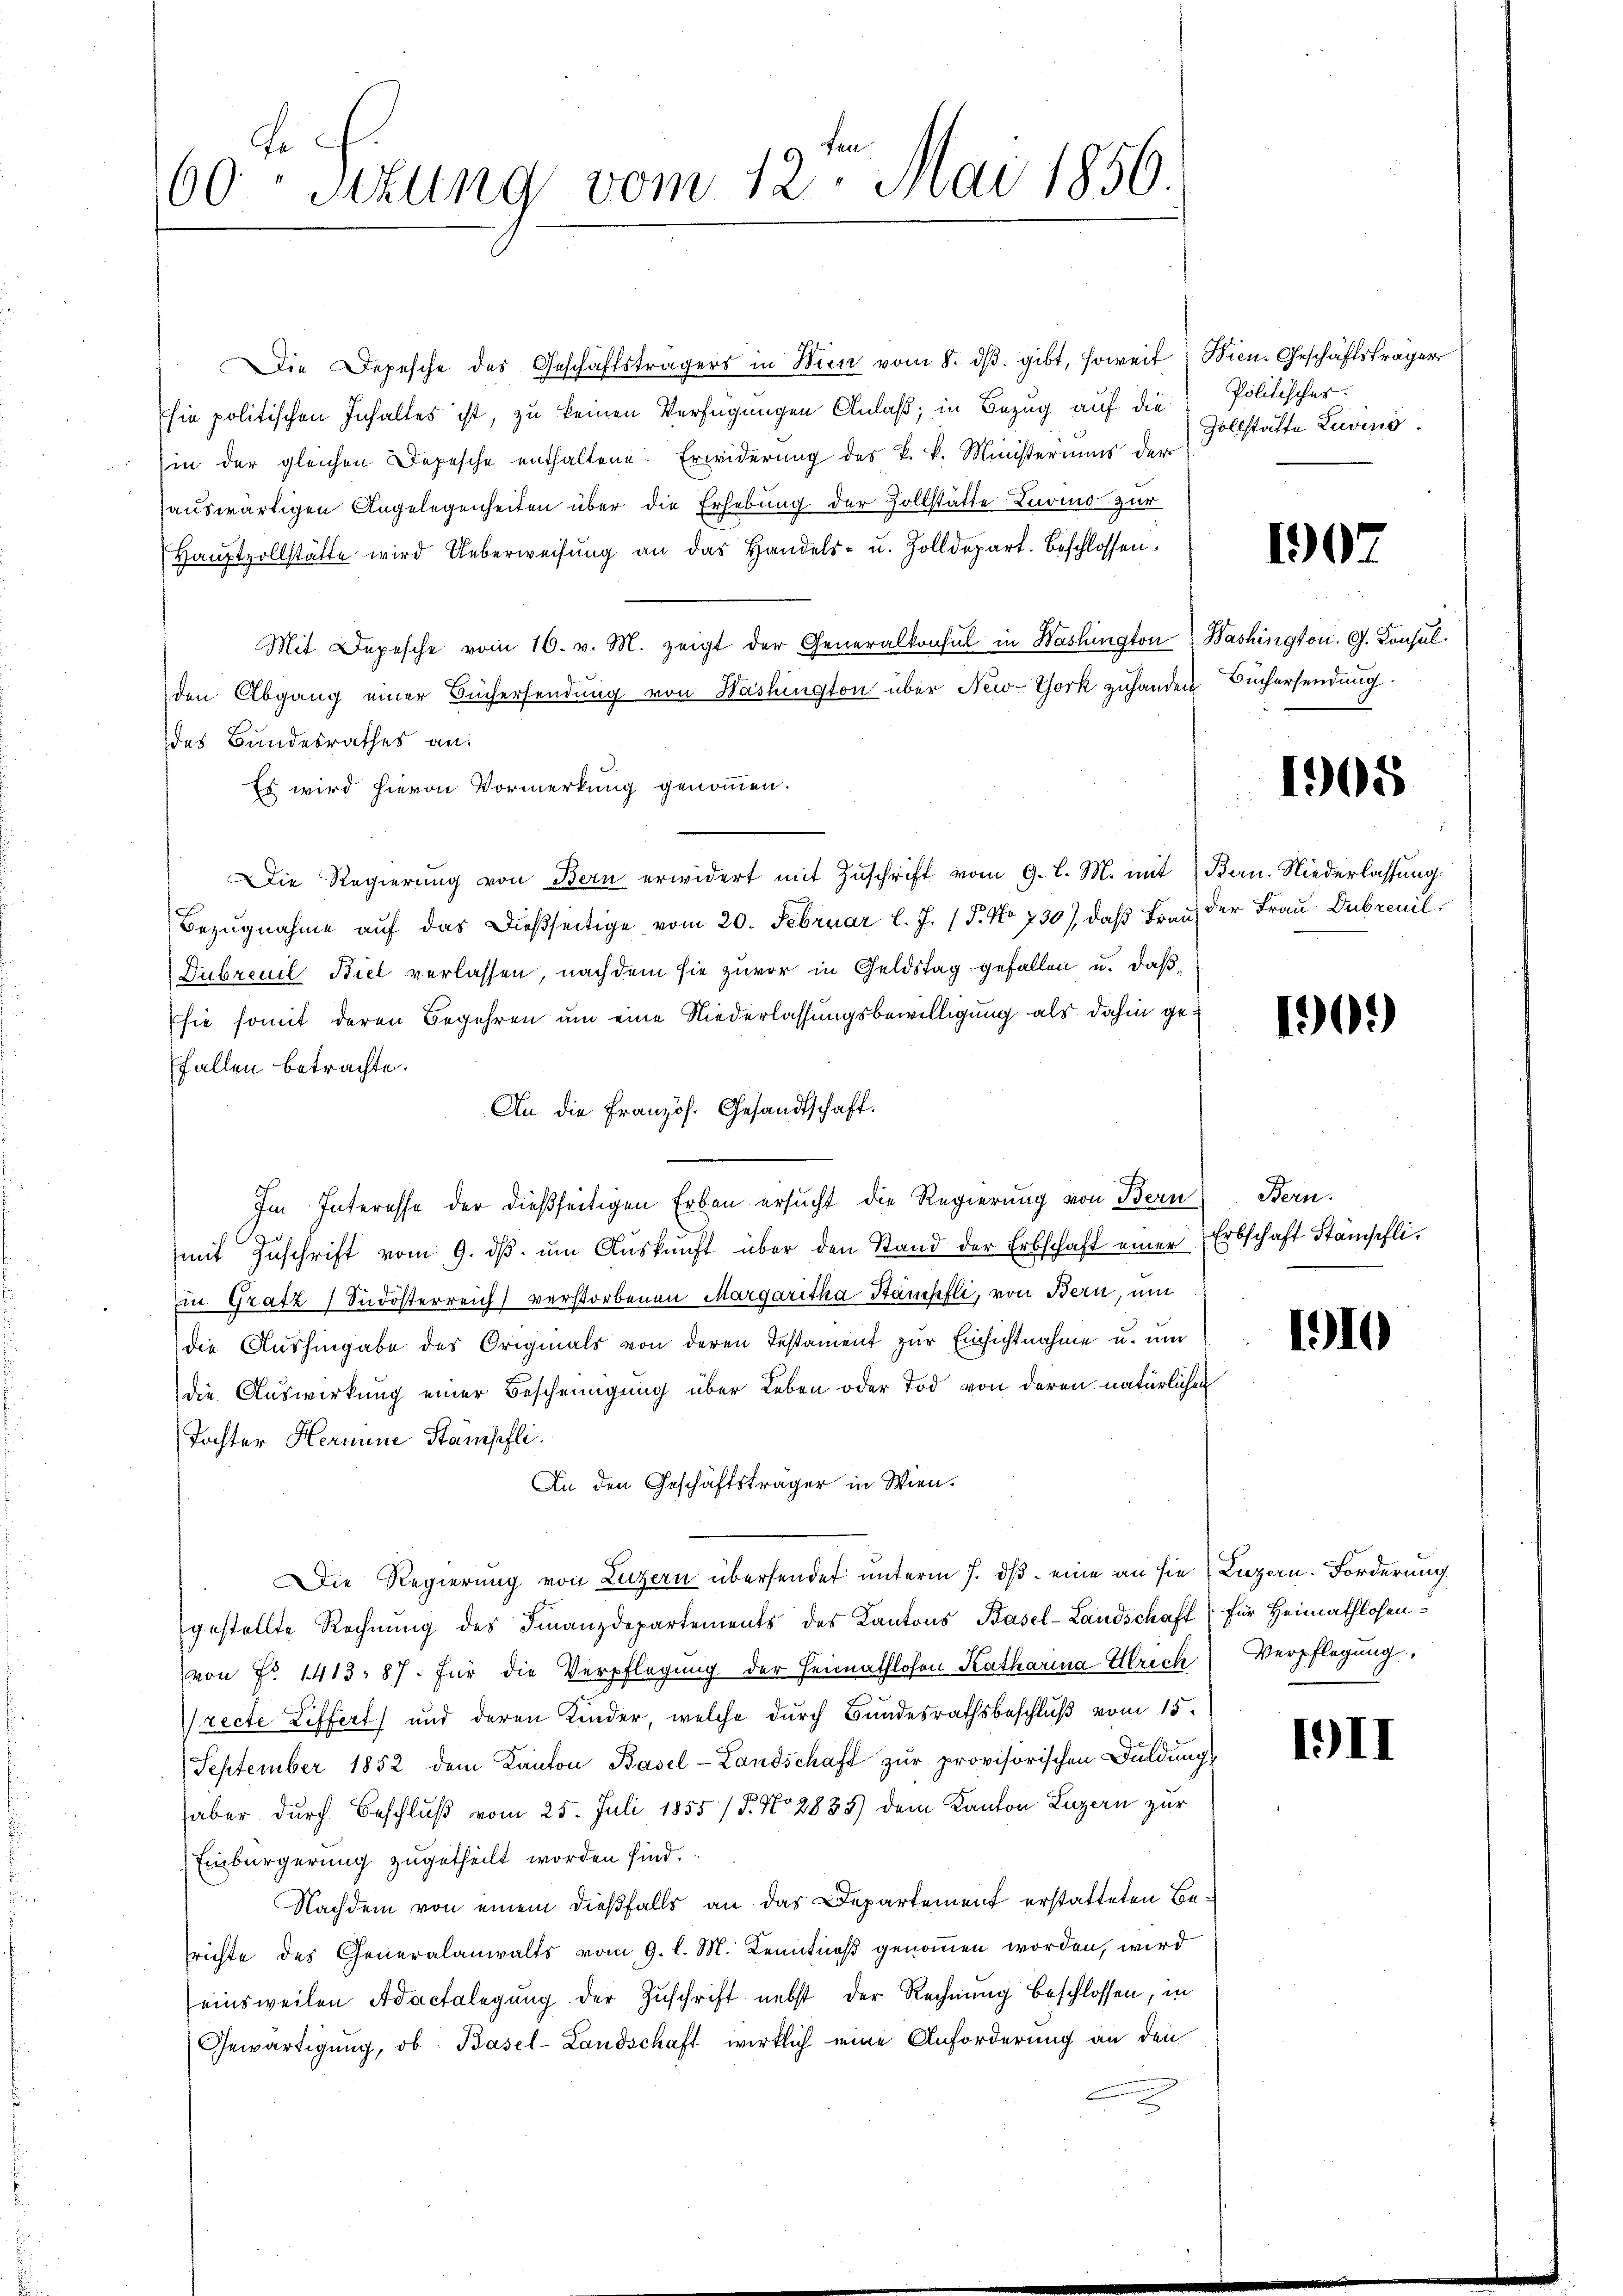
te
60 Sttung vom 12. Mai 1856.

Die Depesche des Geschäftsträgers in Wien vom 8. dβ. gibt, soweit Bien-Geschäftsträger
sie politischen Inhaltes ist, zu keinen Verfügungen Anlaß, in Bezug auf die
hin der gleichen Depesche enthaltene Erwiderung des k. k. Ministeriums der
auswärtigen Angelegenheiten über die Erhebung der Zollstätte Luino zur
Haŭptvollstätte wird Ueberweisŭng an das Handels- u. Zolldepart. Beschlossen.
Mit Depesche vom 16. v. M. zeigt der Generalkonsul in Washington Washington. G. Konsulden Abgang einer Büchersendung von Washington über New-York zuhander Büchersendung
des Bandesrathes an.
Es wird hievon Vormerkung genommen.
Die Regierŭng von Bern erwidert mit Zŭschrift vom 9. l. M. mit Bern. Niederlassŭng.
Bezugnahme auf das dießseitige vom 20. Februar l. J. (T. No 730), daß Frau der Frau Dubreuil,
Dubreuil Biel verlassen, nachdem sie zuvor in Geldstag gefallen u. daß
sie somit deren Begehren um eine Niederlassungsbewilligung als dahin gefallen betrachte.
An die Französ. Gesandtschaft.
Im Interesse der dießseitigen Erben ersucht die Regierung von Bern Bern.
mit Zŭschrift vom 9. dβ ŭm Aŭskŭnft über den Stand der Erbschaft einer Erbschaft Stämschliin Gratz) Südosterreich verstorbenen Margaritha Stämpfli, von Bern, und
die Aushingabe des Originals von deren Testament zur Einsichtnahme u. um
die Auswirkung einer Bescheinigung über Leben oder Tod von deren natürlichen
Tochter Hermine Stämschli
An den Geschäftsträger in Wien.
Die Regierung von Luzern übersendet unterm 7. dβ eine an sie (Luzern. Forderung
gestellte Rechnŭng des Finanzdepartements des Kantons Basel-Landschaft, für Heimathlosenvon Nr. 1413. 87. für die Verpflegung der Heimathlosen Katharina Ulrich Verpflegung,
recte Liffert und deren Kinder, welche durch Bundesrathsbeschluß vom 15.
September 1852 dem Kanton Basel-Landschaft zur provisorischen Duldung,
haber durch Beschluß vom 25. Juli 1855 / 5. No 2833) dem Kanton Luzern zur
Einbürgerung zugetheilt worden sind.
Nachdem von einem dießfalls an das Departement erstatteten Berichte des Generalanwalts vom 9. l. M. Kenntniß genommen worden, wird
einsweilen Adactelegung der Zuschrift nebst der Rechnung beschlossen, in
Gewärtigung, ob Basel-Landschaft wirklich eine Anforderung an den

Politisches.
Zollstätte Luvini.

190.

1905

12)

1910

19II